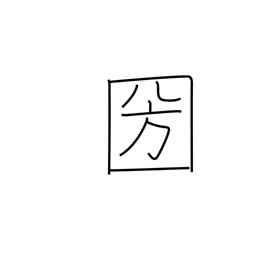
Meaning: country